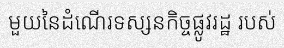
មួយនៃដំណើរទស្សនកិច្ចផ្លូវរដ្ឋ របស់